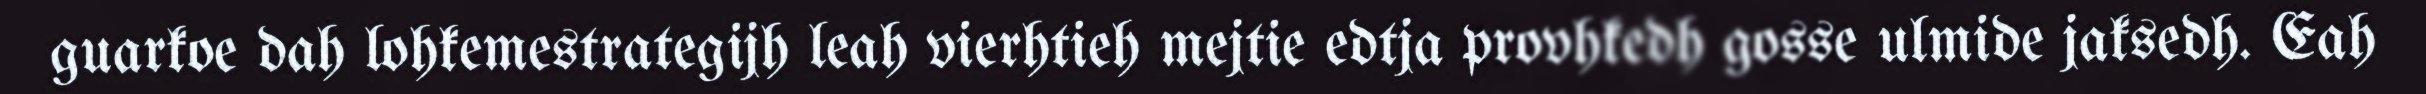
guarkoe dah lohkemestrategijh leah vierhtieh mejtie edtja provhkedh gosse ulmide jaksedh. Eah